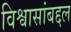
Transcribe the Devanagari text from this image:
विश्वासांबद्दल